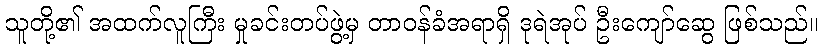
သူတို့၏ အထက်လူကြီး မှုခင်းတပ်ဖွဲ့မှ တာဝန်ခံအရာရှိ ဒုရဲအုပ် ဦးကျော်ဆွေ ဖြစ်သည်။